Vaccination in Bombay 1863-1868 - 1863-1868
Year: 1863
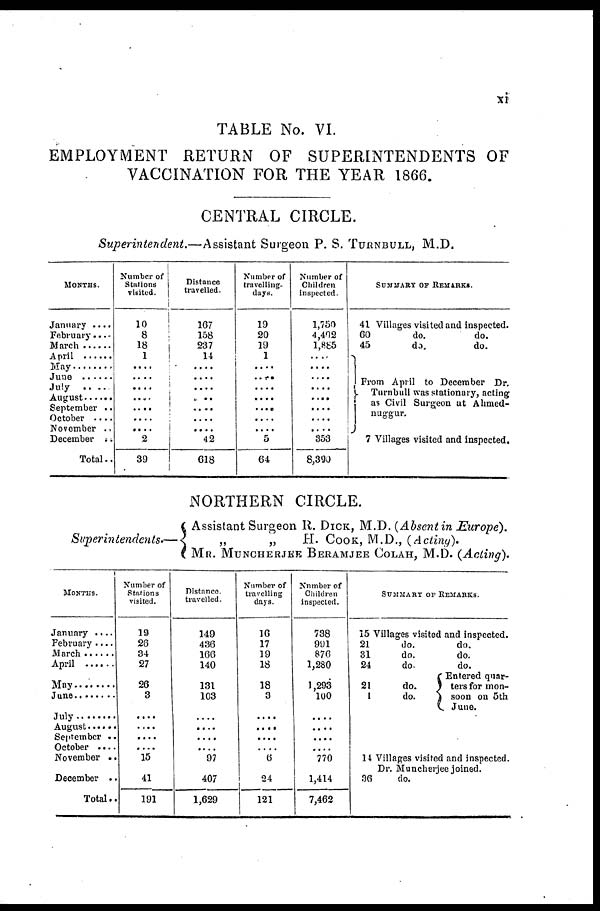
xi
TABLE No. VI.
EMPLOYMENT RETURN OF SUPERINTENDENTS OF
VACCINATION FOR THE YEAR 1866.
CENTRAL CIRCLE.
Superintendent.—Assistant Surgeon P. S. TURNBULL, M.D.
MONTHS.
January . . . .
February. . . .
March . . . . .
April . . . . . .
May . . . . . .
June . . . . . .
July . . . .
August . . . . . .
September . .
October . . . .
November . .
December . .
Total. .
Number of
Stutions
visited.
10
8
18
1
....
....
....
....
....
....
2
39
Distance
travelled.
167
158
237
14
....
....
....
....
....
....
....
42
618
Number of
travelling-
days.
19
20
19
1
....
....
....
....
....
....
....
5
64
Number of
Children
inspected.
1,750
4,402
1,885
....
....
....
....
....
....
....
....
353
8,390
SUMMARY OF REMARKS.
41 Villages visited and inspected.
60
45
do.
do.
do.
do.
From April to December Dr.
Turnbull was stationary, acting
as Civil Surgeon at Ahmed¬
nuggur.
7 Villages visited and inspected.
NORTHERN CIRCLE.
Superintendents.—
Assistant Surgeon R. DICK, M.D. (Absent in Europe).
„
„
H. COOK, M.D., (Acting).
MR. MUNCHERJEE BERAMJEE COLAH, M.D. (Acting).
MONTHS.
January ....
February ....
March . . . . . .
April . . . . . .
May . . . . . .
June . . . . . .
July . . . . . .
August . . . . . .
September . .
October . . . .
November . .
December . .
Total . .
Number of
Stations
visited.
19
26
34
27
26
3
....
....
....
....
15
41
191
Distance
travelled.
149
436
166
140
131
103
....
....
....
....
97
407
1,629
Number of
travelling
days.
16
17
19
18
18
3
....
....
....
....
6
24
121
Number of
Children
inspected.
738
991
876
1,280
1,293
100
....
....
....
770
1,414
7,462
SUMMARY OF REMARKS.
15 Villages visited and inspected.
21
31
24
21
1
do.
do.
do.
do.
do.
do.
do.
do.
Entered quar¬
tersfor mon-
soon on 5th
June.
14 Villages visited and inspected.
Dr. Muncherjee joined.
36
do.